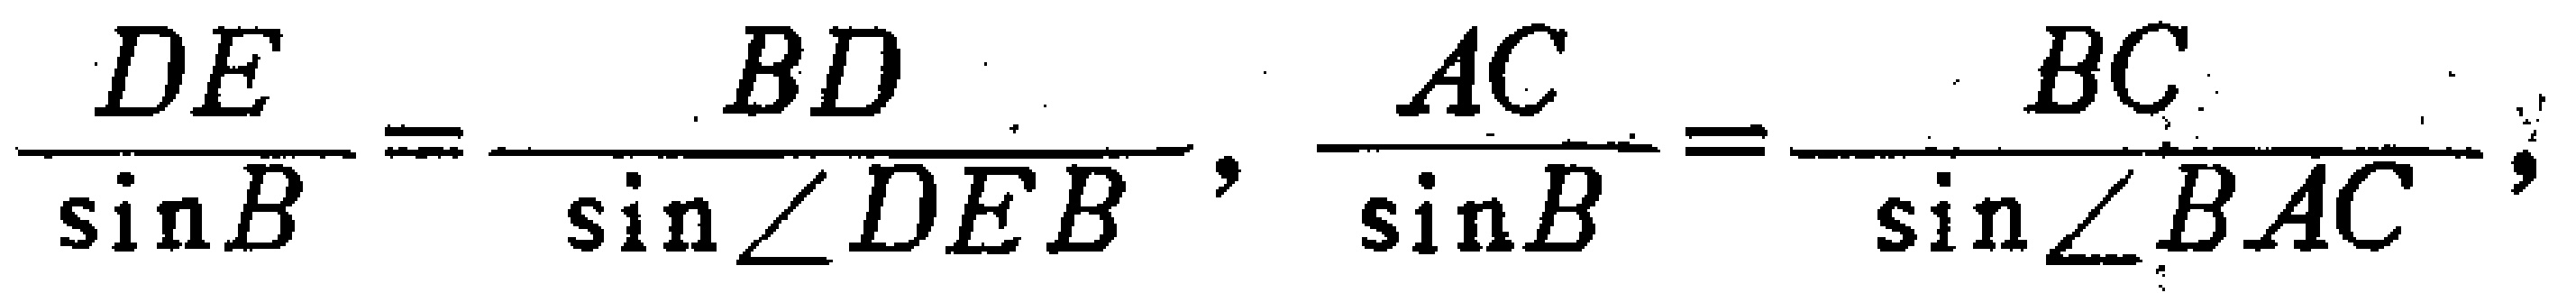
\(\frac{DE}{\sin B}=\frac{BD}{\sin\angle DEB},\frac{AC}{\sin B}=\frac{BC}{\sin\angle BAC},\)